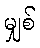
မျှစ်